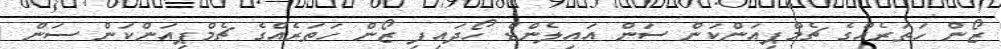
ޒޯން ހަތަރެއްގެ ޗެމްޕިއަންކަން ސަން އައިލެންޑް ހޯދައިފި ޒޯން ހަތަރެއްގެ ޗެމްޕިއަންކަން ސަން